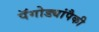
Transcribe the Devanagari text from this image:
पॅगोड्यांपैकी